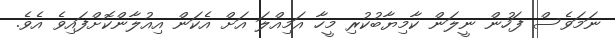
ނަމަވެސް ފަހުން ނީލަން ކާމިޔާބުކުރި މީހާ އަމިއްލަ އަށް އެކަން އިއުލާންކޮށްފައިވެ އެވެ.